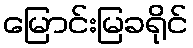
မြောင်းမြခရိုင်